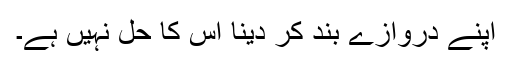
اپنے دروازے بند کر دینا اس کا حل نہیں ہے۔